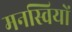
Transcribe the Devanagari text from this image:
मनस्वियों